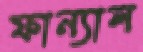
ফান্যাল